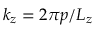
k _ { z } = 2 \pi p / L _ { z }